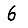
Digit: 6